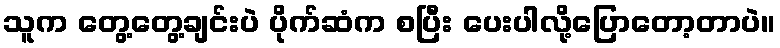
သူက တွေ့တွေ့ချင်းပဲ ပိုက်ဆံက စပြီး ပေးပါလို့ပြောတော့တာပဲ။